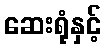
ဆေးရုံနှင့်